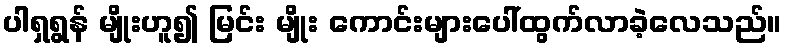
ပါရှရွန် မျိုးဟူ၍ မြင်း မျိုး ကောင်းများပေါ်ထွက်လာခဲ့လေသည်။